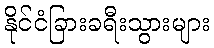
နိုင်ငံခြားခရီးသွားများ